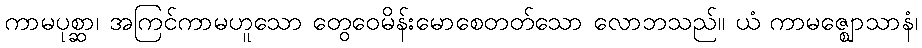
ကာမပုစ္ဆာ၊ အကြင်ကာမဟူသော တွေဝေမိန်းမောစေတတ်သော လောဘသည်။ ယံ ကာမဇ္ဈောသာနံ၊